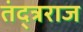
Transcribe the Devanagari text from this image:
तंद्त्रराज